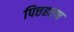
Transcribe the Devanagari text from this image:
पित्तहरण